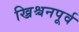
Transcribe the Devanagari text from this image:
ख्रिश्चनपूर्व